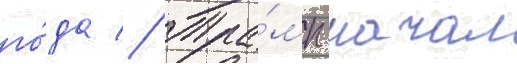
го́да // Тра́мп начал